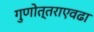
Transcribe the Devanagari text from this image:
गुणोत्तराएवढा